system: You are a helpful assistant.
user:
Analyze the provided spectrum to determine if it is a **"Cataclysmic Variables (CV)"**.

- **Key Indicators for CV (Check for either state):**
    - **State 1: Quiescent / Low-State (Emission-Dominated)**
        - **(Primary):** Strong and *very broad* Hydrogen Balmer emission lines (e.g., $H\alpha$ at 6563 Å, $H\beta$ at 4861 Å). The 'broadness' (high velocity dispersion, often FWHM > 1000 km/s) is the key diagnostic, indicating a high-velocity accretion disk.
        - **(Secondary):** Broad neutral Helium (He I) emission lines (e.g., 5876 Å, 6678 Å).
        - **(Key Confirmation):** Presence of high-excitation *ionized* Helium (He II) emission at 4686 Å. This is a strong indicator of accretion onto a white dwarf.
        - **(Line Profile):** Emission lines may exhibit a 'double-peaked' profile, which is a classic signature of a rotating accretion disk viewed at high inclination.

    - **State 2: Outburst / High-State (Absorption-Dominated)**
        - **(Primary):** Spectrum is dominated by a bright, blue continuum (looks like a hot star).
        - **(Secondary):** The emission lines from State 1 are weak, absent, or 'filled in', and are replaced by broad, shallow *absorption* lines (primarily Balmer and He I).
        - **(Morphology):** The overall spectrum mimics a hot B/A-type star. The crucial difference is that the absorption lines are significantly broader, shallower, and more 'washed-out' (or 'smeared') than the sharp lines of a normal stellar photosphere, due to high rotational speeds and pressure broadening in the disk.

Think first, call **spectral_visualization_tool** if needed to examine features in detail, then provide your final answer. Your response must adhere to the following strict rules:
1.  **Overall Structure:** Your response must follow the format `<think>...</think> <tool_call>...</tool_call> (if a tool is used) <answer>...</answer>`.
2.  **Tool Usage Constraint:** You may only make **one** tool call per turn.
3.  **Final Answer Format:** In the `<answer>` tag, your conclusion must be inside a `\boxed{}` command (e.g., `\boxed{YES}`), followed by your justification.

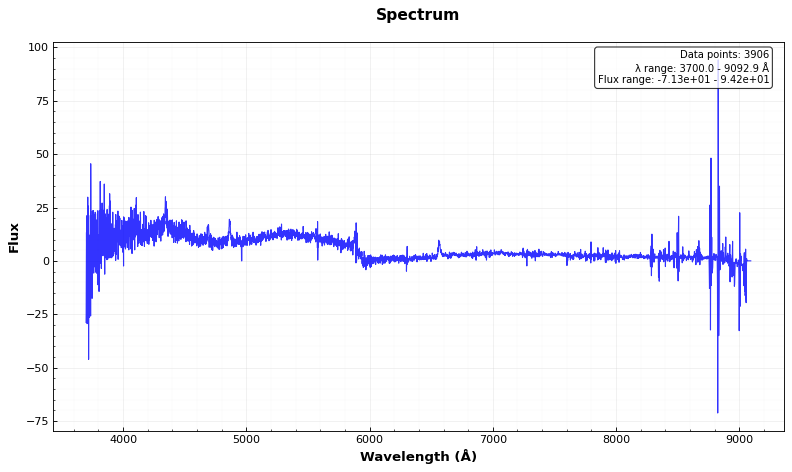
Answer: YES